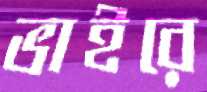
ভাইরে